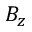
B _ { z }